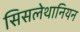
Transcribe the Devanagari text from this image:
सिसलेथानियन